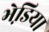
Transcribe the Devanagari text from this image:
भेडि़या